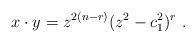
\begin{align*} x\cdot y = z^{2(n-r)}(z^2- c_1^2)^r~.\end{align*}